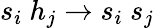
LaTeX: s_{i}\ h_{j}\to s_{i}\ s_{j}